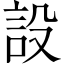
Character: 設